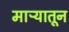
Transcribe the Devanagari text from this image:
माऱ्यातून